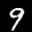
Digit: 9